Annual report on the mental hospital in the Central Provinces and Berar (Nagpur) - 1927-1951
Year: 1927
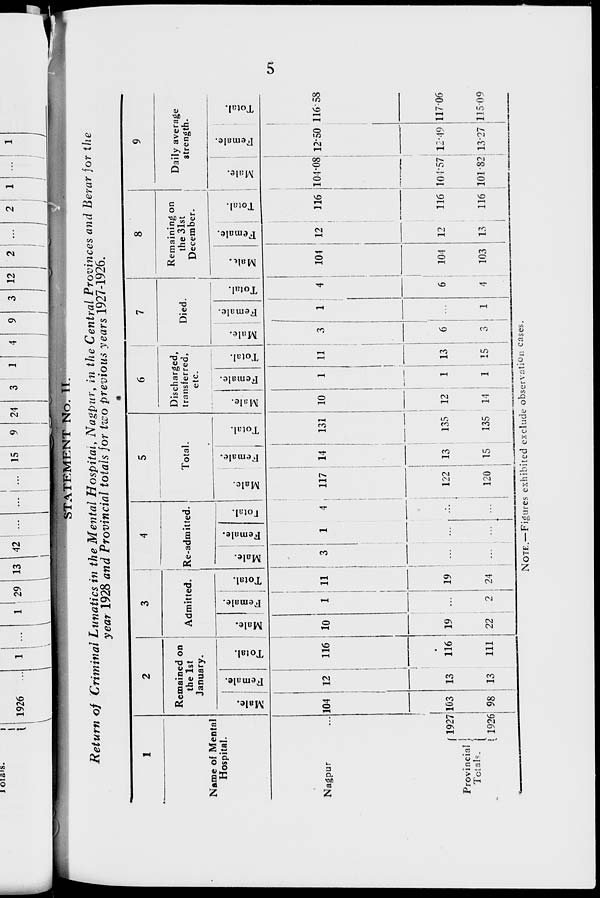
5
STATEMENT No. II.
Return of Criminal Lunatics in the Mental Hospital, Nagpur, in the Central Provinces and Berar for the
year 1928 and Provincial totals for two previous years 1927-1926.
1
Name of Mental
Hospital.
Nagpur ...
Provincial
Totals.
1927
1926
2
Remained on
the 1st
January.
Male.
104
103
98
Female.
12
13
13
Total.
116
116
111
3
Admitted.
Male.
10
19
22
Female.
1
...
2
Total.
11
19
24
4
Re-admitted.
Male.
3
...
...
Female.
1
...
...
Total.
4
...
...
5
Total.
Male.
117
122
120
Female.
14
13
15
Total.
131
135
135
6
Discharged,
transferred,
etc.
Male.
10
12
14
Female.
1
1
1
Total.
11
13
15
7
Died.
Male.
3
6
3
Female.
1
...
1
Total.
4
6
4
8
Remaining on
the 31st
December.
Male.
104
104
103
Female.
12
12
13
Total.
116
116
116
9
Daily average
strength.
Male.
104.08
104.57
101.82
Female.
12.50
12.49
13.27
Total.
116.58
117.06
115.09
NOTE.—Figures exhibited exclude observation cases.